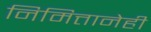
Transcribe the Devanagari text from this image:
निमित्तानेही